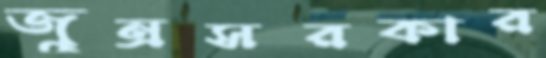
জুন্রসরকার